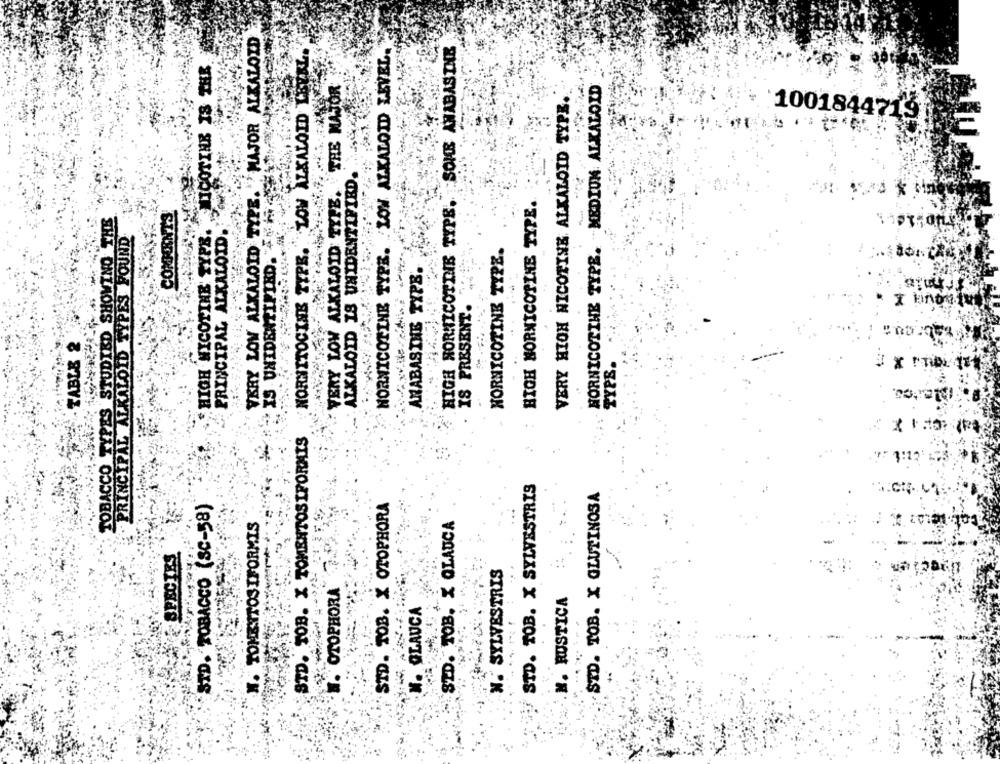
VERY LOW ALKALOID TYPE. MAJOR ALKALOID
HIGH NORNICOTINE TYPE. SOME AWABASINE
LOW ALKALOID LEVEL.
NICOTINE IS THR
THE MAJOR
HORNICOTTHE TYPE. MEDION ALKALOID
VBRY HION NICOTINE ALKALOID TYPE.
NORNITOCINE TYPE. LOW ALKALOID
1001844719
ALKALOID IS UNIDENTIFIED.
VERY LOW ALKALOID TYPE.
HIGH HORNICOTINE TYPE.
COMBERNTS
TOBACCO TYPES STUDIED SHOWING THE
PRINCIPAL ALKALOID TYPES FOUND
HIGH NICOTINE TYPE.
PRINCIPAL ALKALOID.
NORNICOTINE TYPE.
NORNICOTINE TYPE.
IS UNIDENTIFIED.
ANABASTHE TYPE.
IS PRESENT.
- TABLE 2
TYPE.
STD. TOB. X TOMENTOSIFORMIS
STD. TOB. X SYLVESTRIS
STD. TOB. X GLUTINOSA
STD. TOBACCO (SC-58)
STD. TOB. X OTOPHORA
TOMEITOSIFORMIS
STD. TOB. X GLAUCA
SPECIES
N. SYLVESTRIS
OTOPHORA
.M. RUSTICA
W. GLAUCA
x.